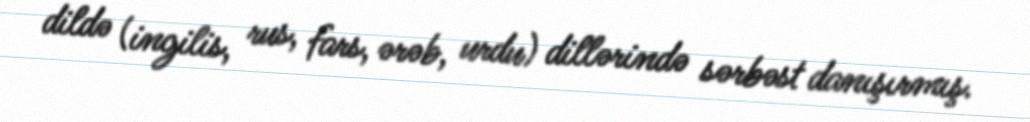
dildə (ingilis, rus, fars, ərəb, urdu) dillərində sərbəst danışırmış.